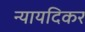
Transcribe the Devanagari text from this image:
न्यायदिकर